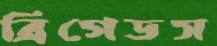
ব্রিগেডস